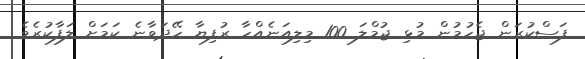
ފަސްކުރަން ޖެހުމުން މުޅި ޖުމްލަ 100 މިލިއަނެއްހާ ރުފިޔާ ހޭދަވާނެ ކަމަށް ލަފާކުރެވެ